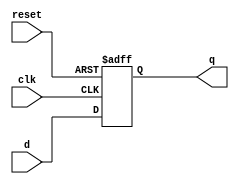
// Description of a resettable D-Flip-Flop

module flopr # (parameter WIDTH = 8)
               (input clk, reset,
                input [WIDTH-1:0] d,
                output reg [WIDTH-1:0] q);
  
  always @ (posedge clk, posedge reset)
    if (reset) 
      q <= 0;
    else 
      q <= d;
endmodule